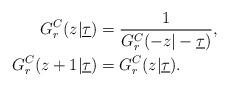
LaTeX: \begin{align*}G_r^C ( z | \underline \tau ) &= \frac { 1 } { G_{r}^C ( - z | -\underline \tau ) } , \\G_r^C ( z + 1 | \underline \tau ) &= G_r^C(z | \underline \tau ). \end{align*}